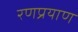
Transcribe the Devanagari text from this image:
रणप्रयाण